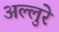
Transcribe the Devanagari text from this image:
अल्लुरे